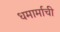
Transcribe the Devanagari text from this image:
धमार्माची